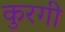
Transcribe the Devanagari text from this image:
कुरगी